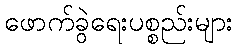
ဖောက်ခွဲရေးပစ္စည်းများ